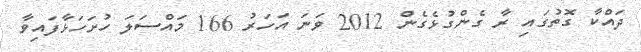
ދައްކާ ގޮތުގައި ރާ ގެންގުޅެގެން 2012 ވަނަ އަހަރު 166 މައްސަލަ ހުށަހަޅާފައިވާ